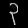
Digit: ၃